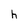
Character: h